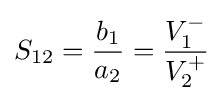
S_{12}={\frac {b_{1}}{a_{2}}}={\frac {V_{1}^{-}}{V_{2}^{+}}}